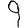
Digit: 9